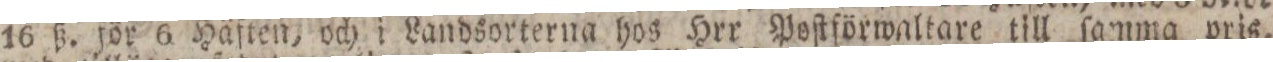
16 ß. för 6 Häften, och i Landsorterna hos Hrr Poſtförwaltare till ſamma pris,